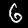
Digit: 6